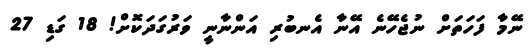
ނޭމާ ފަހަތަށް ނުޖެހޭނެ އޭނާ އެނބުރި އަންނާނީ ވަރުގަދަކޮށް! 18 ގަޑި 27